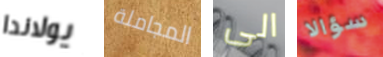
يولاندا المجاملة الى سؤالا